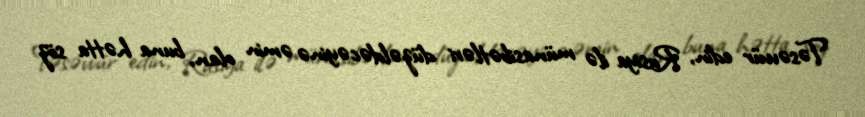
Təsəvvür edin, Rusiya ilə münasibətləri düzəldəcəyinə əmin olan, buna hətta söz